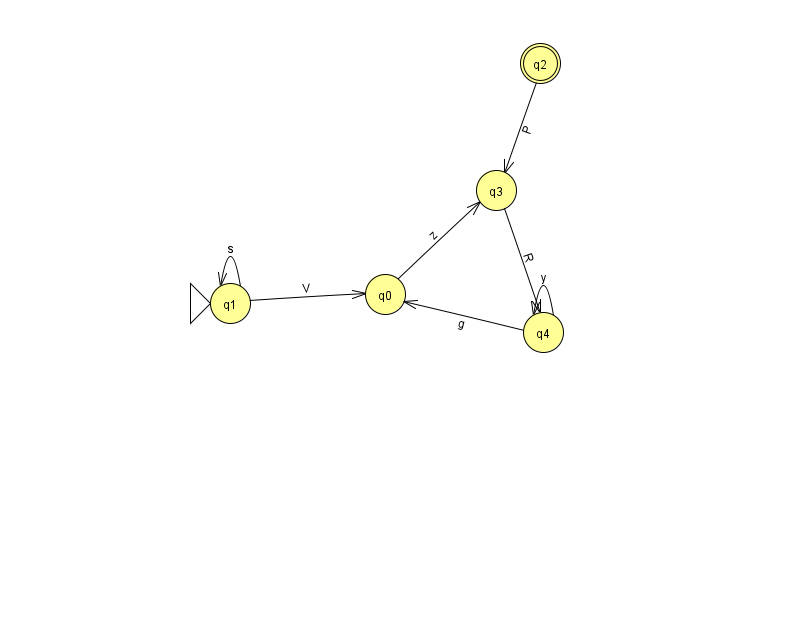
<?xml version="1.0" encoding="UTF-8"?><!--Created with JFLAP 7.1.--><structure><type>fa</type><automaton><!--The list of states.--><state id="0" name="q0"><x>385.0</x><y>281.0</y></state><state id="1" name="q1"><x>230.0</x><y>290.0</y><initial/></state><state id="2" name="q2"><x>540.0</x><y>50.0</y><final/></state><state id="3" name="q3"><x>496.0</x><y>177.0</y></state><state id="4" name="q4"><x>543.0</x><y>319.0</y></state><!--The list of transitions.--><transition><from>0</from><to>3</to><read>z</read></transition><transition><from>1</from><to>1</to><read>s</read></transition><transition><from>1</from><to>0</to><read>V</read></transition><transition><from>3</from><to>4</to><read>R</read></transition><transition><from>4</from><to>4</to><read>y</read></transition><transition><from>2</from><to>3</to><read>P</read></transition><transition><from>4</from><to>0</to><read>g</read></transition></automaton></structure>